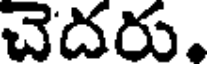
చెదరు.